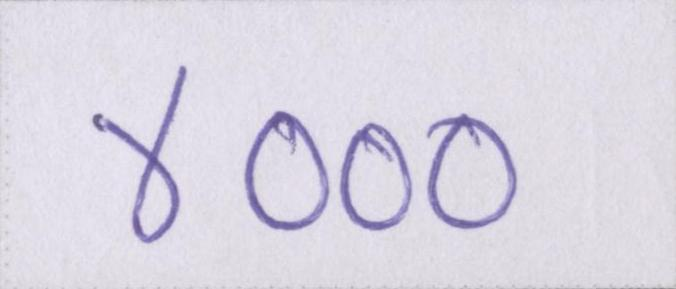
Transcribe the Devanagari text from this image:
४०००